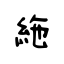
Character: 絁